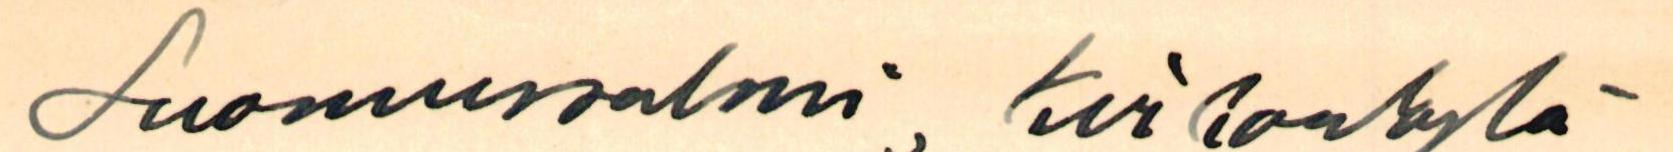
Suomussalmi, Kirkonkylä